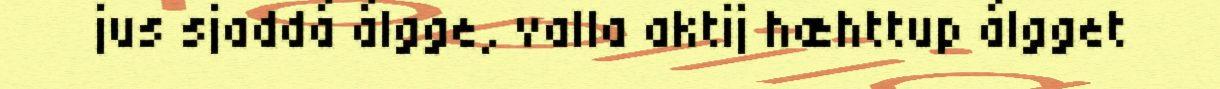
jus sjaddá álgge, valla aktij hæhttup álgget